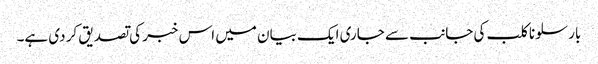
بارسلونا کلب کی جانب سے جاری ایک بیان میں اس خبر کی تصدیق کر دی ہے۔